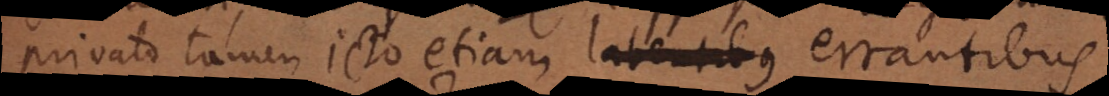
privato tamen Jurisconsulto etiam latentibus errantibus